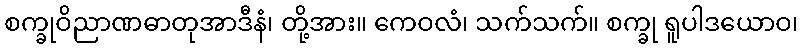
စက္ခုဝိညာဏဓာတုအာဒီနံ၊ တို့အား။ ကေဝလံ၊ သက်သက်။ စက္ခု ရူပါဒယောဝ၊